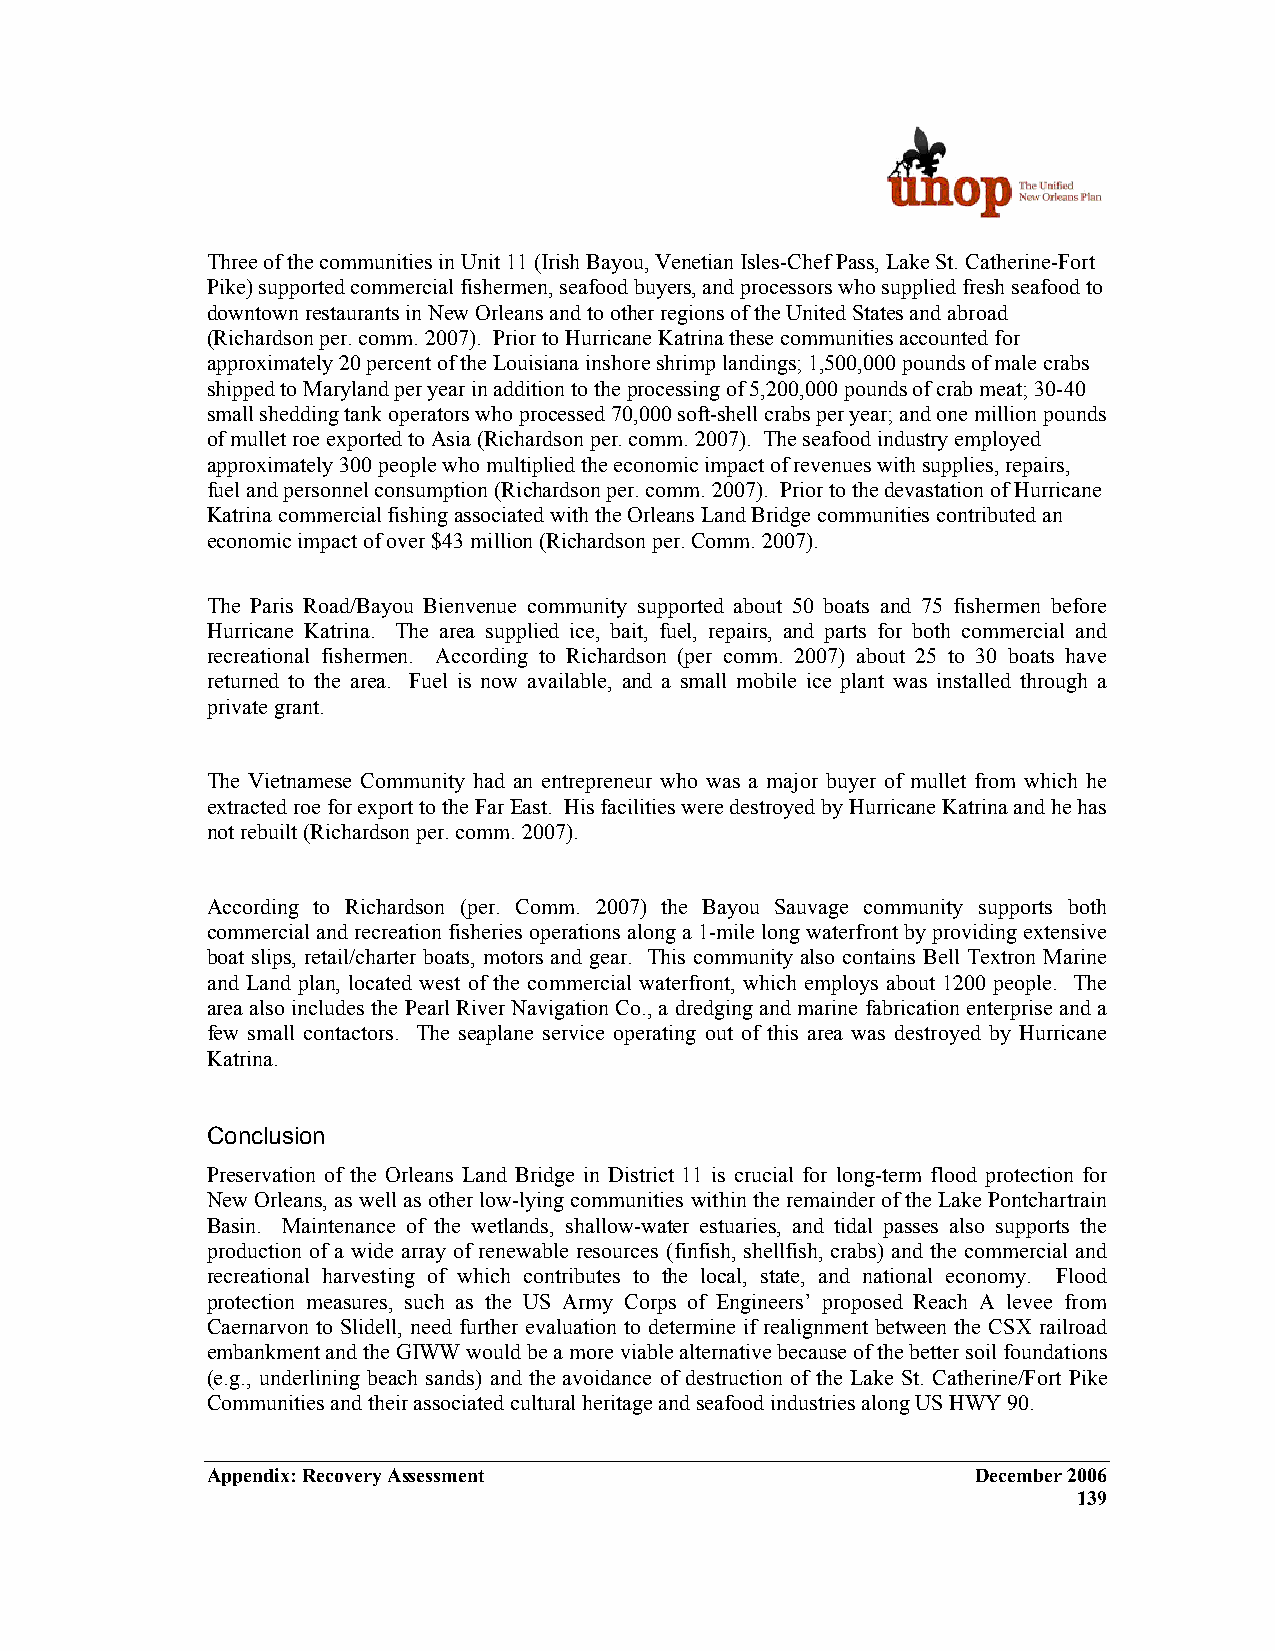
Three of the communities in Unit 11 (Irish Bayou, Venetian Isles-Chef Pass, Lake St. Catherine-Fort
 Pike) supported commercial fishermen, seafood buyers, and processors who supplied fresh seafood to
 downtown restaurants in New Orleans and to other regions of the United States and abroad
 (Richardson per. comm. 2007). Prior to Hurricane Katrina these communities accounted for
 approximately 20 percent of the Louisiana inshore shrimp landings; 1,500,000 pounds of male crabs
 shipped to Maryland per year in addition to the processing of 5,200,000 pounds of crab meat; 30-40
 small shedding tank operators who processed 70,000 soft-shell crabs per year; and one million pounds
 of mullet roe exported to Asia (Richardson per. comm. 2007). The seafood industry employed
 approximately 300 people who multiplied the economic impact of revenues with supplies, repairs,
 fuel and personnel consumption (Richardson per. comm. 2007). Prior to the devastation of Hurricane
 Katrina commercial fishing associated with the Orleans Land Bridge communities contributed an
 economic impact of over $43 million (Richardson per. Comm. 2007).
 The Paris Road/Bayou Bienvenue community supported about 50 boats and 75 fishermen before
 Hurricane Katrina. The area supplied ice, bait, fuel, repairs, and parts for both commercial and
 recreational fishermen. According to Richardson (per comm. 2007) about 25 to 30 boats have
 returned to the area. Fuel is now available, and a small mobile ice plant was installed through a
 private grant.
 The Vietnamese Community had an entrepreneur who was a major buyer of mullet from which he
 extracted roe for export to the Far East. His facilities were destroyed by Hurricane Katrina and he has
 not rebuilt (Richardson per. comm. 2007).
 According to Richardson (per. Comm. 2007) the Bayou Sauvage community supports both
 commercial and recreation fisheries operations along a 1-mile long waterfront by providing extensive
 boat slips, retail/charter boats, motors and gear. This community also contains Bell Textron Marine
 and Land plan, located west of the commercial waterfront, which employs about 1200 people. The
 area also includes the Pearl River Navigation Co., a dredging and marine fabrication enterprise and a
 few small contactors. The seaplane service operating out of this area was destroyed by Hurricane
 Katrina.
 Conclusion
 Preservation of the Orleans Land Bridge in District 11 is crucial for long-term flood protection for
 New Orleans, as well as other low-lying communities within the remainder of the Lake Pontchartrain
 Basin. Maintenance of the wetlands, shallow-water estuaries, and tidal passes also supports the
 production of a wide array of renewable resources (finfish, shellfish, crabs) and the commercial and
 recreational harvesting of which contributes to the local, state, and national economy. Flood
 protection measures, such as the US Army Corps of Engineers’ proposed Reach A levee from
 Caernarvon to Slidell, need further evaluation to determine if realignment between the CSX railroad
 embankment and the GIWW would be a more viable alternative because of the better soil foundations
 (e.g., underlining beach sands) and the avoidance of destruction of the Lake St. Catherine/Fort Pike
 Communities and their associated cultural heritage and seafood industries along US HWY 90.
 Appendix: Recovery Assessment                      December 2006
 139